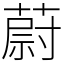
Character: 蔚